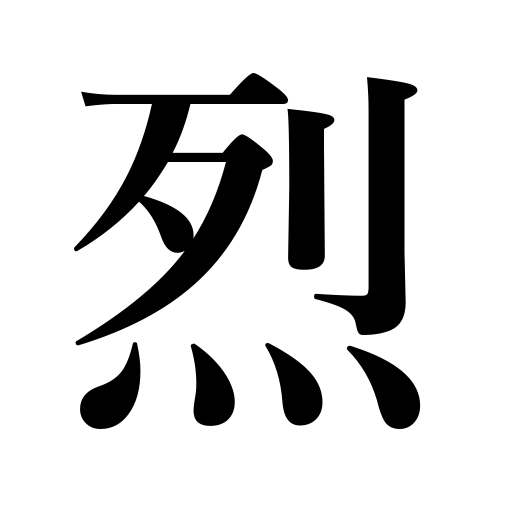
Meanings: extreme,furious,heated,severe,acute,intense,tempestuous temperament,passionate,stormy applause,violent,vehement,mighty